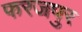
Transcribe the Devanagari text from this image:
फरजपुर